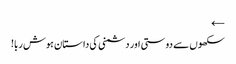
←
سکھوں سے دوستی اور دشمنی کی داستان ہوش ربا!